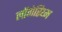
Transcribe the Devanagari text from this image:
लॉगेरिथ्म